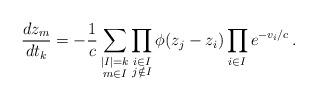
LaTeX: \begin{align*}\displaystyle{ \frac{dz_m}{dt_k}=-\frac{1}{c}\sum\limits_{\substack{|I|=k\\ m\in I}}\prod\limits_{\substack{i\in I\\j\notin I}}\phi(z_j-z_i)\prod_{i\in I}e^{-v_i/c}\,. }\end{align*}